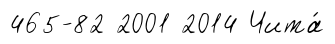
465-82 2001 2014 Чита́